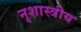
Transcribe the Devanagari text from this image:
नृशास्त्रीय